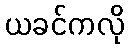
ယခင်ကလို